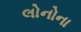
લોનોના